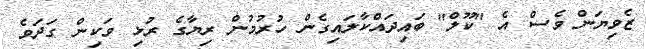
ޒެވިޔަން ވެސް އެ "ކޫލް" ބައިދައްކާލައިގެން ހުރުމުން ރިޔާގެ ރުޅި ވަކިން ގަދަވެ